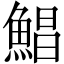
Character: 鯧